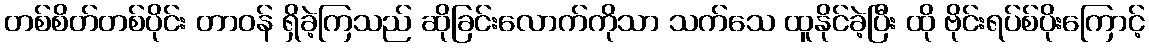
တစ်စိတ်တစ်ပိုင်း တာဝန် ရှိခဲ့ကြသည် ဆိုခြင်းလောက်ကိုသာ သက်သေ ထူနိုင်ခဲ့ပြီး ထို ဗိုင်းရပ်စ်ပိုးကြောင့်